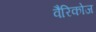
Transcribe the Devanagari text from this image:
वैरिकोज